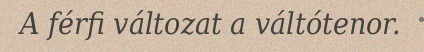
A férfi változat a váltótenor.